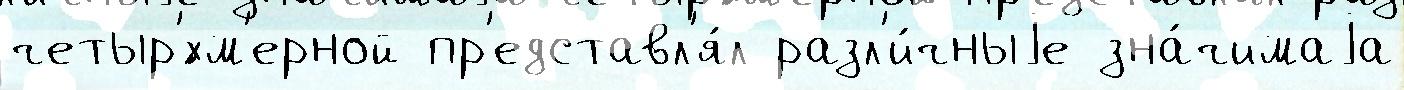
четыр'́хм'ерной пр'едставл'я́л разл'и́чныjе зна́чимаjа